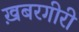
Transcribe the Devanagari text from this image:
ख़बरगीरी